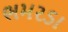
ભમરડા